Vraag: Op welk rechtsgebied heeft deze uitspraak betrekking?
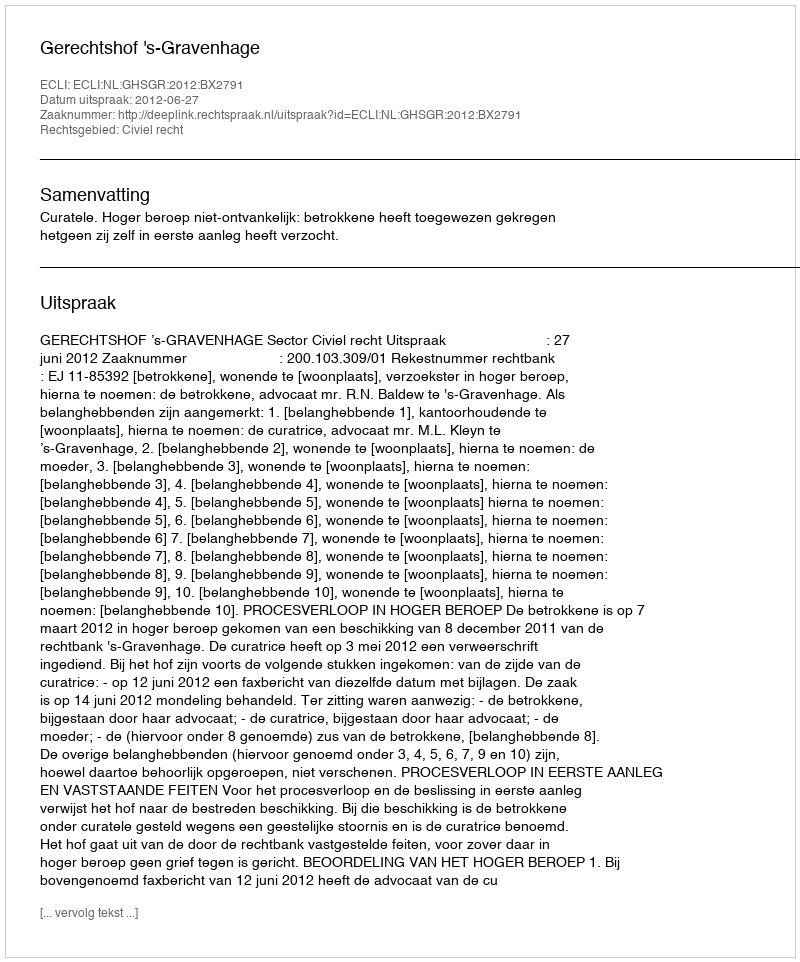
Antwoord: Civiel recht